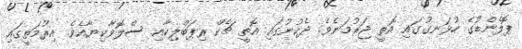
ޕޮލެންޑުގެ ހުޅަނގުގައި އޮތީ ޖަރުމަނެވެ. ދެކުނުގައި އޮތީ ޗެކް ރިޕަބްލިކާއި ސްލޮވާކިޔާއެވެ. އިރުމަތީގައި